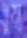
ধুম্র